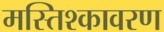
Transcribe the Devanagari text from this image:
मस्तिश्कावरण